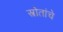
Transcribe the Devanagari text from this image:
स्त्रोतांचे